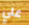
علي